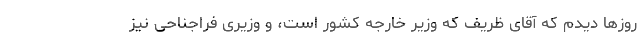
روزها دیدم که آقای ظریف که وزیر خارجه کشور است، و وزیری فراجناحی نیز